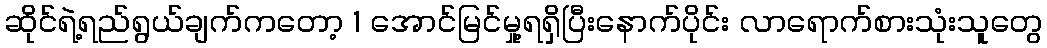
ဆိုင်ရဲ့ရည်ရွယ်ချက်ကတော့ 1 အောင်မြင်မှု့ရရှိပြီးနောက်ပိုင်း လာရောက်စားသုံးသူတွေ